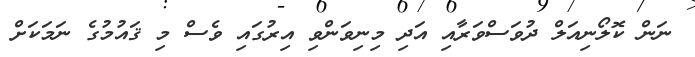
ނަން ކޮލޯނިއަލް ދުވަސްވަރާއި އަދި މިނިވަންވި އިރުގައި ވެސް މި ޤައުމުގެ ނަމަކަށް